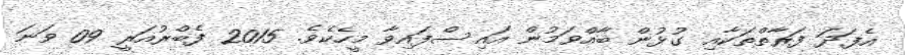
އެފަދަ ފަރާތްތަކާއި ގުޅުން ބާއްވަމުން އައިސްފައިވާ މީހެކެވެ. 2015 ފެބްރުއަރީ 09 ވަނަ